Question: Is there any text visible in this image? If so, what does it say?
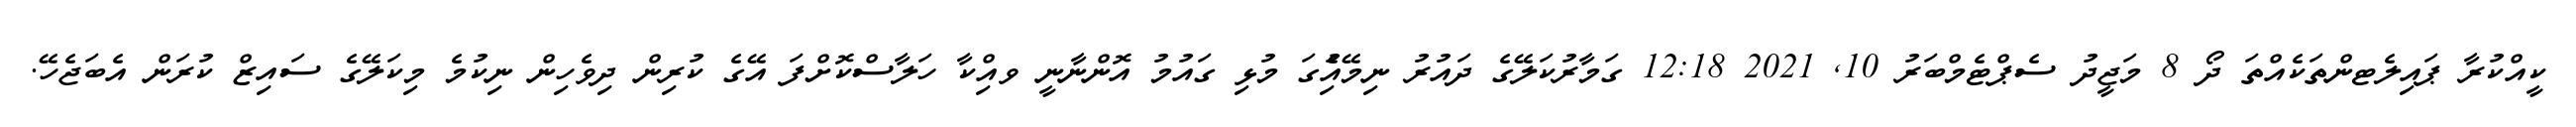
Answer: ކީއްކުރާ ޕައިލެޓންތަކެއްތަ ދޯ 8 މަޖީދު ސެޕްޓެމްބަރު 10, 2021 12:18 ގަމާރުކަލޭގެ ދައުރު ނިމޭއިެުގަ މުޅި ގައުމު އޮންނާނީ ވއިްކާ ހަލާސްކޮށްފަ އޭގެ ކުރިން ދިވެހިން ނިކުމެ މިކަލޭގެ ސައިޒް ކުރަން އެބަޖެހޭ.